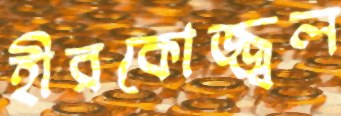
হীরকোজ্জ্বল